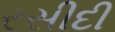
રસીદી